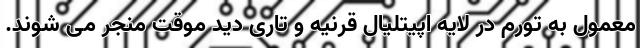
معمول به تورم در لایه اپیتلیال قرنیه و تاری دید موقت منجر می شوند.